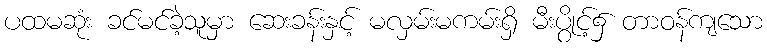
ပထမဆုံး ခင်မင်ခဲ့သူမှာ ဆေးခန်းနှင့် မလှမ်းမကမ်းရှိ မီးပွိုင့်၌ တာဝန်ကျသော